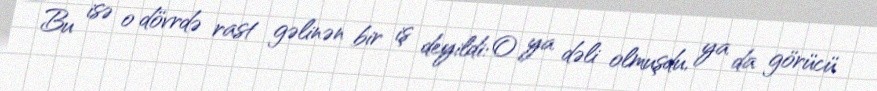
Bu isə o dövrdə rast gəlinən bir iş deyildi: O ya dəli olmuşdu, ya da görücü